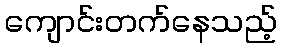
ကျောင်းတက်နေသည့်